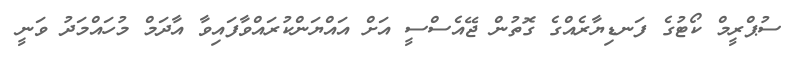
ސުޕްރީމް ކޯޓުގެ ފަނޑިޔާރެއްގެ ގޮތުން ޖޭއެސްސީ އަށް އައްޔަންކުރައްވާފައިވާ އާދަމް މުހައްމަދު ވަނީ